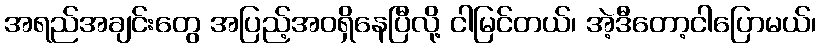
အရည်အချင်းတွေ အပြည့်အဝရှိနေပြီလို့ ငါမြင်တယ်၊ အဲ့ဒီတော့ငါပြောမယ်၊